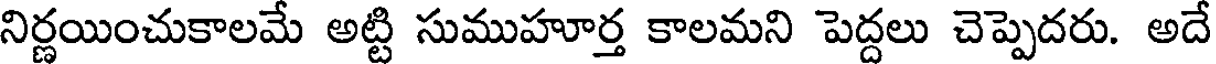
నిర్ణయించుకాలమే అట్టి సుముహూర్త కాలమని పెద్దలు చెప్పెదరు. అదే